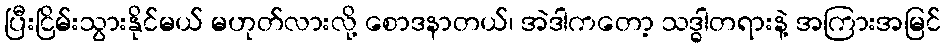
ပြီးငြိမ်းသွားနိုင်မယ် မဟုတ်လားလို့ စောဒနာတယ်၊ အဲဒါကတော့ သဒ္ဓါတရားနဲ့ အကြားအမြင်